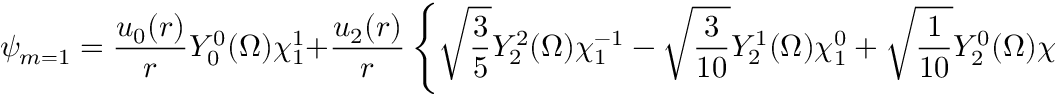
\psi _ { m = 1 } = \frac { u _ { 0 } ( r ) } { r } Y _ { 0 } ^ { 0 } ( { \Omega } ) \chi _ { 1 } ^ { 1 } + \frac { u _ { 2 } ( r ) } { r } \left\{ \sqrt { \frac { 3 } { 5 } } Y _ { 2 } ^ { 2 } ( { \Omega } ) \chi _ { 1 } ^ { - 1 } - \sqrt { \frac { 3 } { 1 0 } } Y _ { 2 } ^ { 1 } ( { \Omega } ) \chi _ { 1 } ^ { 0 } + \sqrt { \frac { 1 } { 1 0 } } Y _ { 2 } ^ { 0 } ( { \Omega } ) \chi _ { 1 } ^ { 1 } \right\} ,